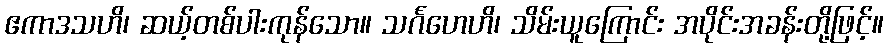
ဧကာဒသဟိ၊ ဆယ့်တစ်ပါးကုန်သော။ သင်္ဂဟေဟိ၊ သိမ်းယူကြောင်း အပိုင်းအခန်းတို့ဖြင့်။